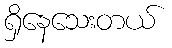
ရှိနေသေးတယ်